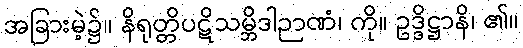
အခြားမဲ့၌။ နိရုတ္တိပဋိသမ္ဘိဒါဉာဏံ၊ ကို။ ဥဒ္ဒိဋ္ဌာနိ၊ ၏။